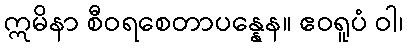
ဣမိနာ စီဝရစေတာပန္နေန။ ဧဝရူပံ ဝါ၊